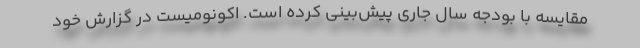
مقایسه با بودجه سال جاری پیش‌بینی کرده است. اکونومیست در گزارش خود